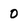
Character: 0